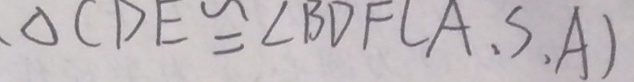
\Delta C D E \cong \angle B D F ( A , S , A )